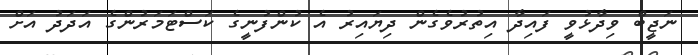
ނަޖީބް ވިދާޅުވީ ފައިދާ އިތުރުވެގެން ދިޔައިރު އެ ކުންފުނީގެ ކަސްޓަމަރުންގެ އަދަދު އަށް